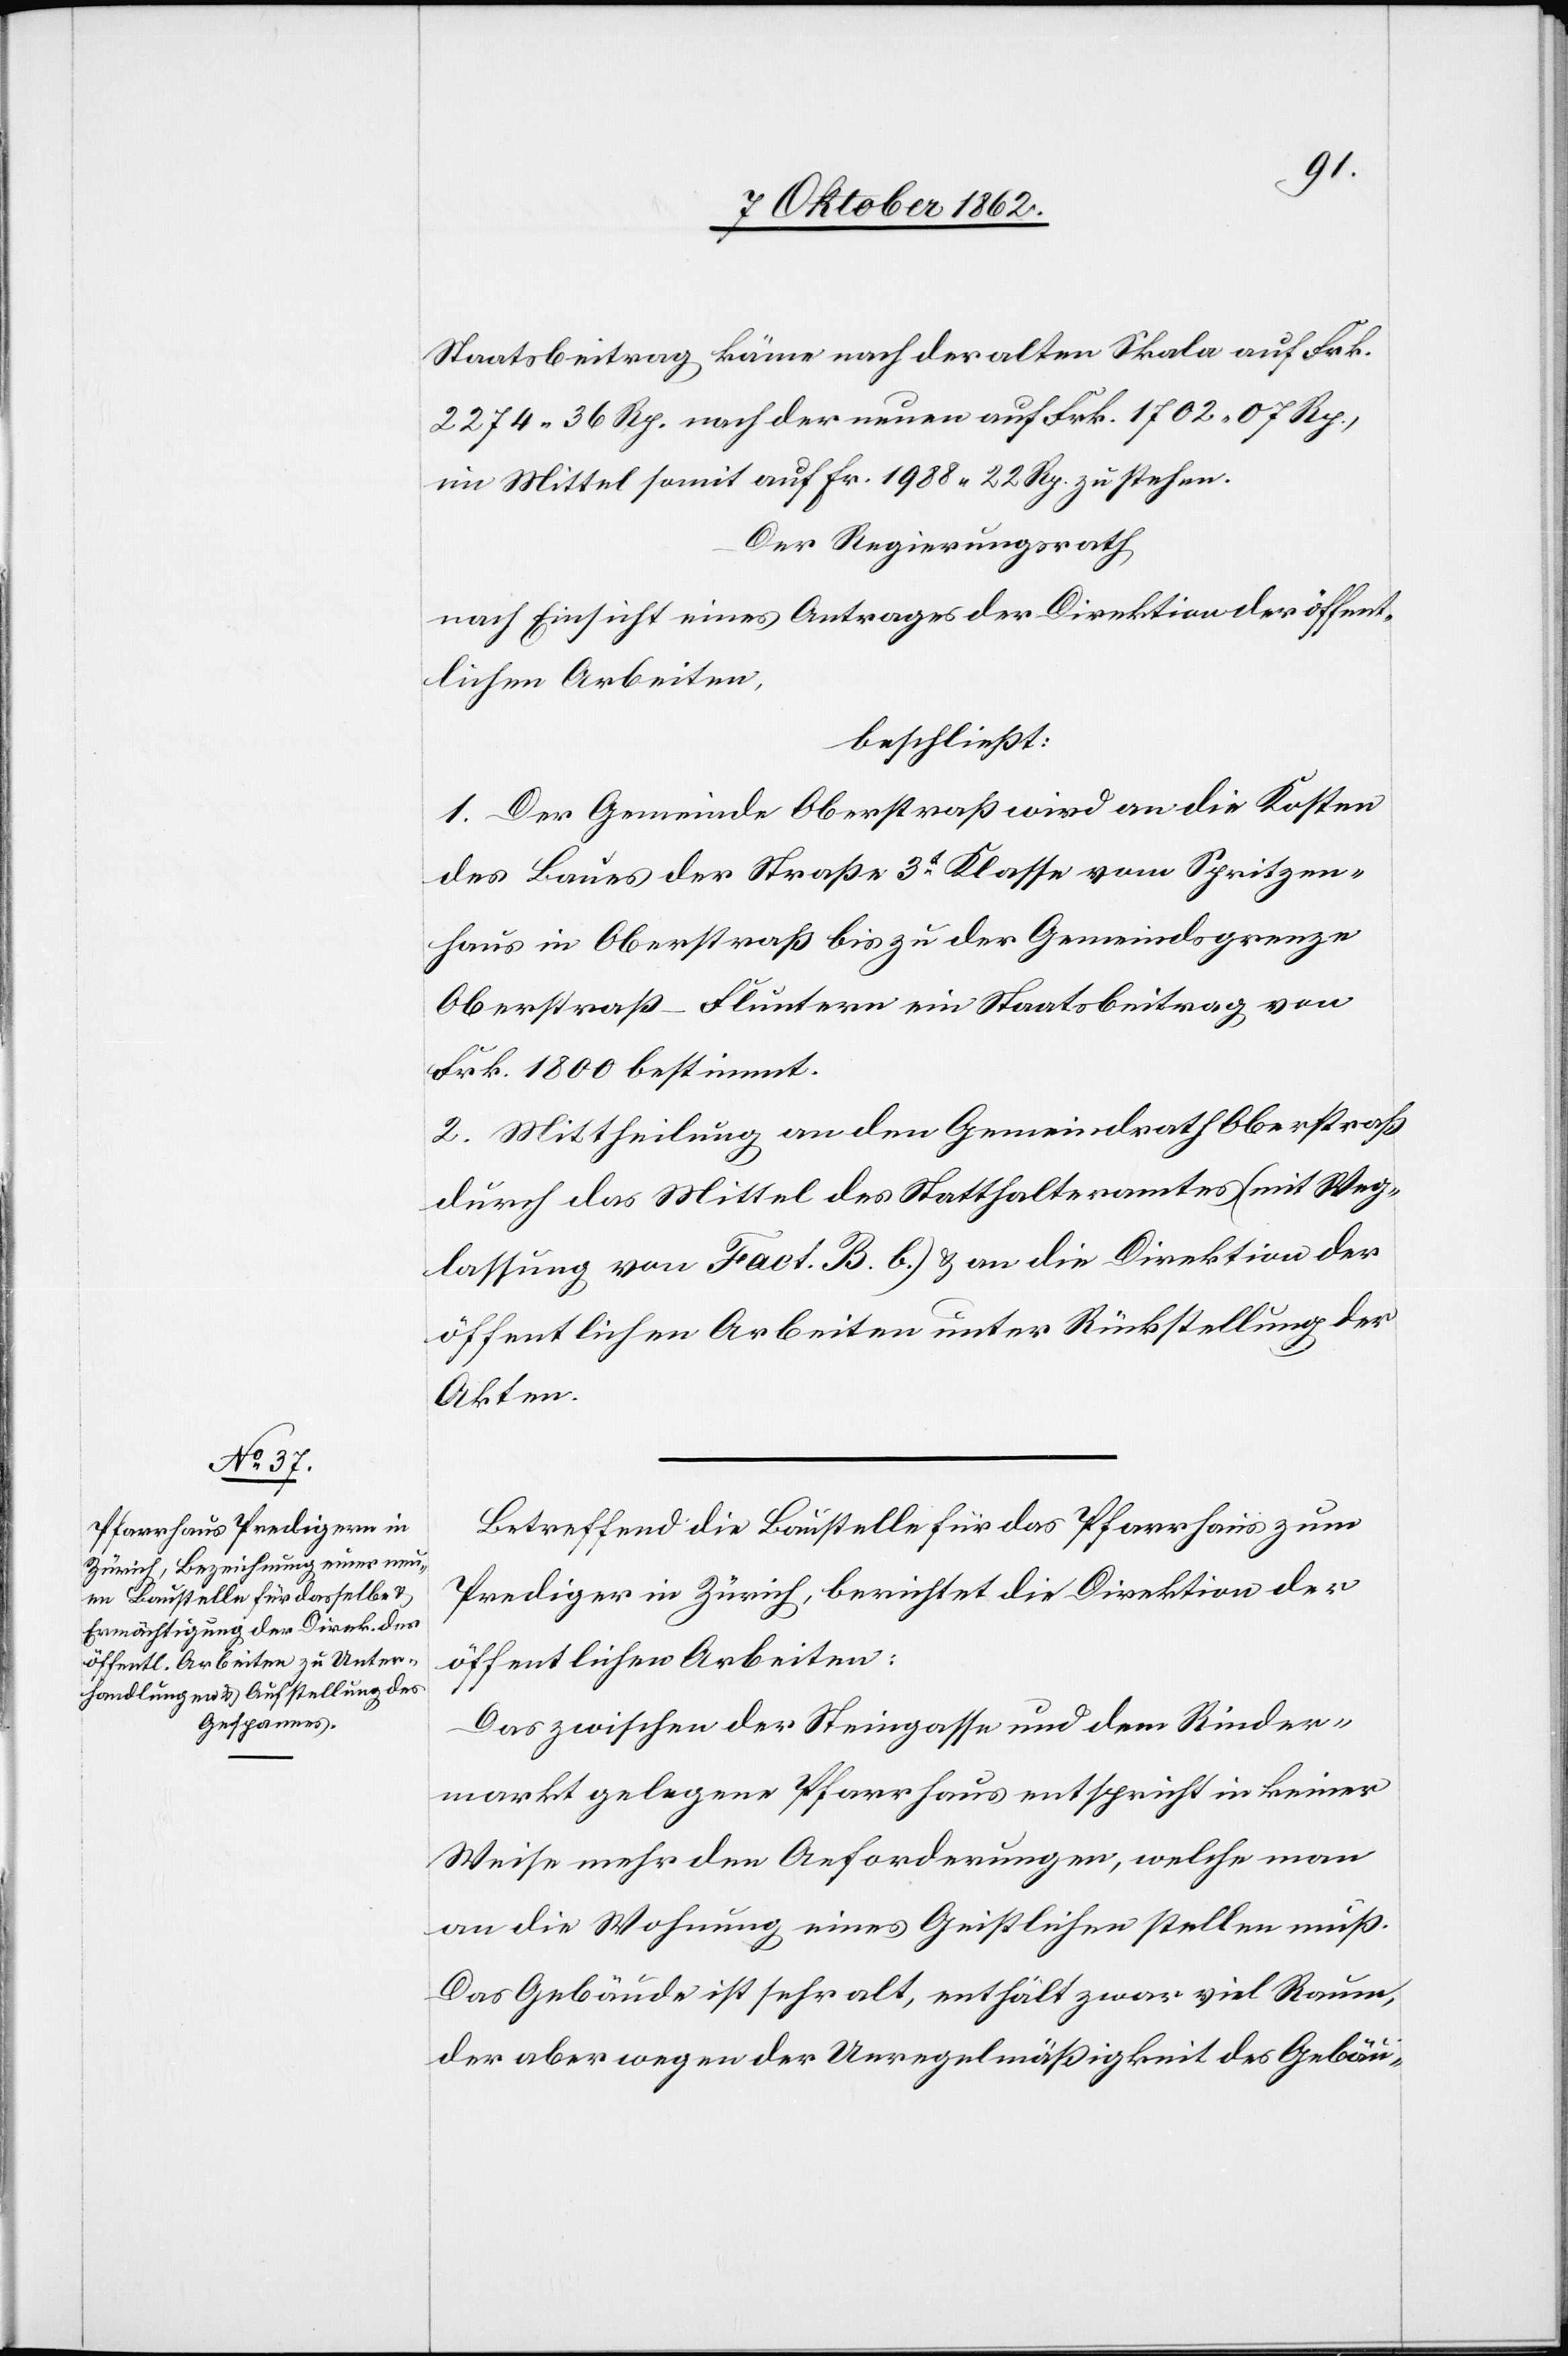
Staatsbeitrag käme nach der alten Skala auf Frk.
2274 36 Rp. nach der neuen auf Frk. 1702 07 Rp.,
im Mittel somit auf Fr. 1988 22 Rp. zu stehen.
Der Regierungsrath,
nach Einsicht eines Antrages der Direktion der öffent¬
lichen Arbeiten,
beschließt:
1. Der Gemeinde Oberstraß wird an die Kosten
des Baues der Straße 3t Klasse vom Spritzen¬
haus in Oberstraß bis zu der Gemeindsgrenze
Oberstraß-Fluntern ein Staatsbeitrag von
Frk. 1800 bestimmt.
2. Mittheilung an den Gemeindrath Oberstraß
durch das Mittel des Statthalteramtes (mit Weg¬
lassung von Fact. B. b) u. an die Direktion der
öffentlichen Arbeiten unter Rückstellung der
Akten.
Betreffend die Baustelle für das Pfarrhaus zum
Prediger in Zürich, berichtet die Direktion der
öffentlichen Arbeiten:
Das zwischen der Steingasse und dem Rinder¬
markt gelegene Pfarrhaus entspricht in keiner
Weise mehr den Anforderungen, welche man
an die Wohnung eines Geistlichen stellen muß.
Das Gebäude ist sehr alt, enthält zwar viel Raum,
der aber wegen der Unregelmäßigkeit des Gebäu-